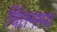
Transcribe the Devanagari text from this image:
चिंतनमय